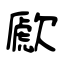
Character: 歋